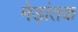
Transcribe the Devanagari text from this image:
मेड़ांतक